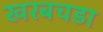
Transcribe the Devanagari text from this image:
खरबचडा